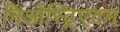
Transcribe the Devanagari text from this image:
निओस्ट्रिएटम